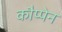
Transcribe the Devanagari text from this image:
कौप्पेन